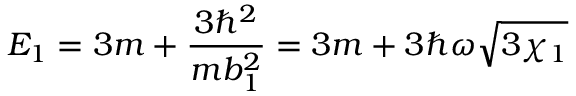
E _ { 1 } = 3 m + \frac { 3 \hbar ^ { 2 } } { m b _ { 1 } ^ { 2 } } = 3 m + 3 \hbar \omega \sqrt { 3 \chi _ { 1 } }